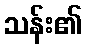
သန်း၏